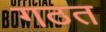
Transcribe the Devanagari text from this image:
गठत